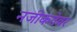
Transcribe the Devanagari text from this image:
नजीकतेवर